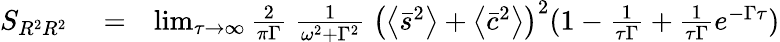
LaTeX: \begin{array}{rlr}{S_{R^{2}R^{2}}}&{{}=}&{\operatorname*{lim}_{\tau\to\infty}\frac{2}{\pi\Gamma}\; \frac{1}{\omega^{2}+\Gamma^{2}}\; \left(\left\langle\bar{s}^{2}\right\rangle+\left\langle\bar{c}^{2}\right\rangle\right)^{2}(1-\frac{1}{\tau\Gamma}+\frac{1}{\tau\Gamma}e^{-\Gamma\tau})}\end{array}